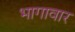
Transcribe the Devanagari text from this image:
भागावार